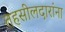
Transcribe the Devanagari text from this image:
तहसीलदारांना